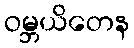
ဝမ္ဘယိတေန